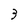
Character: 3